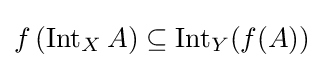
f\left(\operatorname {Int} _{X}A\right)\subseteq \operatorname {Int} _{Y}(f(A))